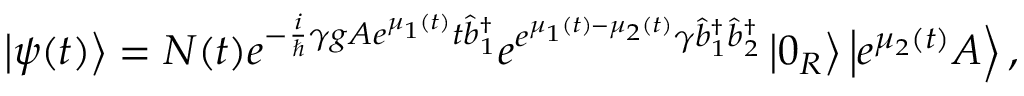
\left\vert \psi ( t ) \right\rangle = N ( t ) e ^ { - \frac { i } { \hslash } \gamma g A e ^ { \mu _ { 1 } ( t ) } t \hat { b } _ { 1 } ^ { \dagger } } e ^ { e ^ { \mu _ { 1 } ( t ) - \mu _ { 2 } ( t ) } \gamma \hat { b } _ { 1 } ^ { \dagger } \hat { b } _ { 2 } ^ { \dagger } } \left\vert 0 _ { R } \right\rangle \left\vert e ^ { \mu _ { 2 } ( t ) } A \right\rangle ,